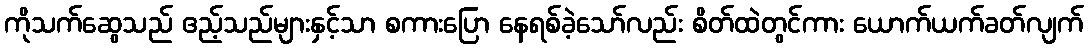
ကိုသက်ဆွေသည် ဧည့်သည်များနှင့်သာ စကားပြော နေရစ်ခဲ့သော်လည်း စိတ်ထဲတွင်ကား ယောက်ယက်ခတ်လျက်